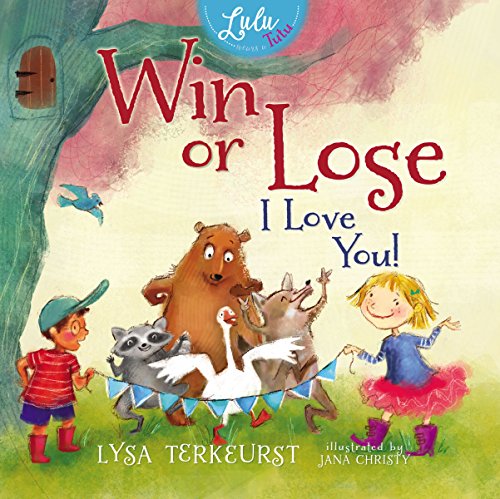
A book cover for Win or Lose, I Love You! (Lulu and Her Tutu); Lysa TerKeurst; Christian Books & Bibles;